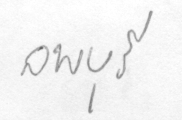
ลพบุรี